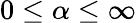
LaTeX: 0\le\alpha\le\infty